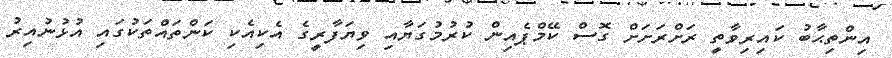
އިންތިޙާބު ކައިރިވާތީ ރަށްރަށަށް ގޮސް ކޭމްޕެއިން ކުރުމުގަޔާއި ވިޔަފާރީގެ އެކިއެކި ކަންތައްތަކުގައި އުޅުނުއިރު